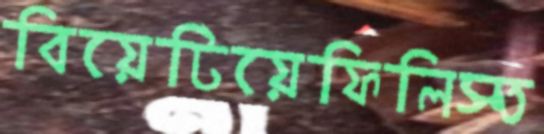
বিয়েটিয়েফিলিস্ত